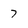
Character: 7